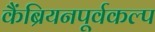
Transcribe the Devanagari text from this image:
कैंब्रियनपूर्वकल्प